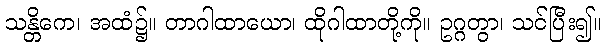
သန္တိကေ၊ အထံ၌။ တာဂါထာယော၊ ထိုဂါထာတို့ကို။ ဥဂ္ဂတွာ၊ သင်ပြီး၍။